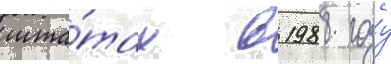
шта́тах в 1988 году